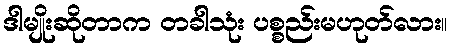
ဒါမျိုးဆိုတာက တခါသုံး ပစ္စည်းမဟုတ်လား။